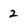
Character: 2